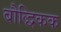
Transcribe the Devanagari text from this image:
बौद्धिकक